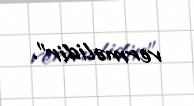
verməlidir”.